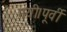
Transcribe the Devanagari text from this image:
गयी।पूर्वी